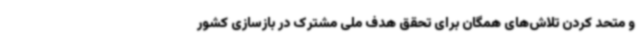
و متحد کردن تلاش‌های همگان برای تحقق هدف ملی مشترک در بازسازی کشور